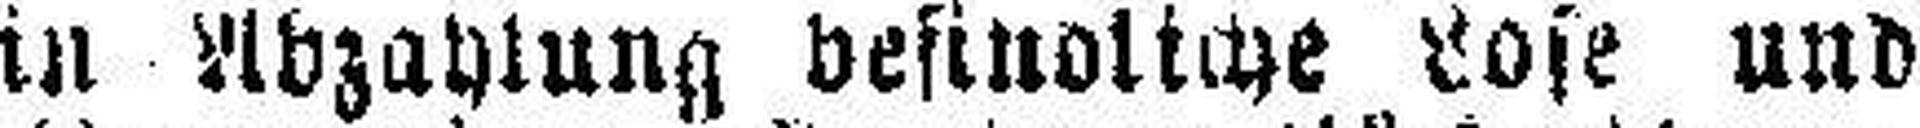
in Abzahlung befindliche Lose und